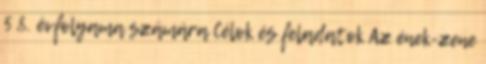
5 8. évfolyama számára Célok és feladatok Az ének-zene